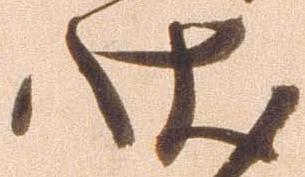
状